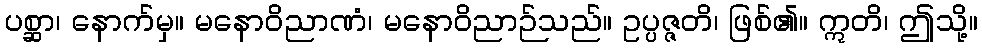
ပစ္ဆာ၊ နောက်မှ။ မနောဝိညာဏံ၊ မနောဝိညာဉ်သည်။ ဥပ္ပဇ္ဇတိ၊ ဖြစ်၏။ ဣတိ၊ ဤသို့။